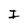
Character: I